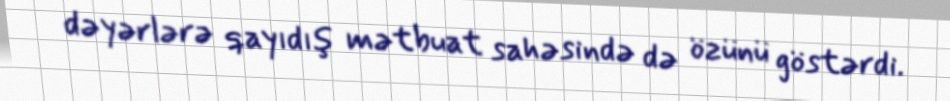
dəyərlərə qayıdış mətbuat sahəsində də özünü göstərdi.